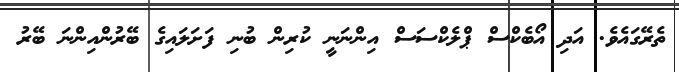
ތެރޭގައެވެ. އަދި އޯބެކްސް ޕްލެކްސަސް އިންނަނީ ކުރިން ބުނި ފަށަލައިގެ ބޭރުންއިންނަ ބޭރު